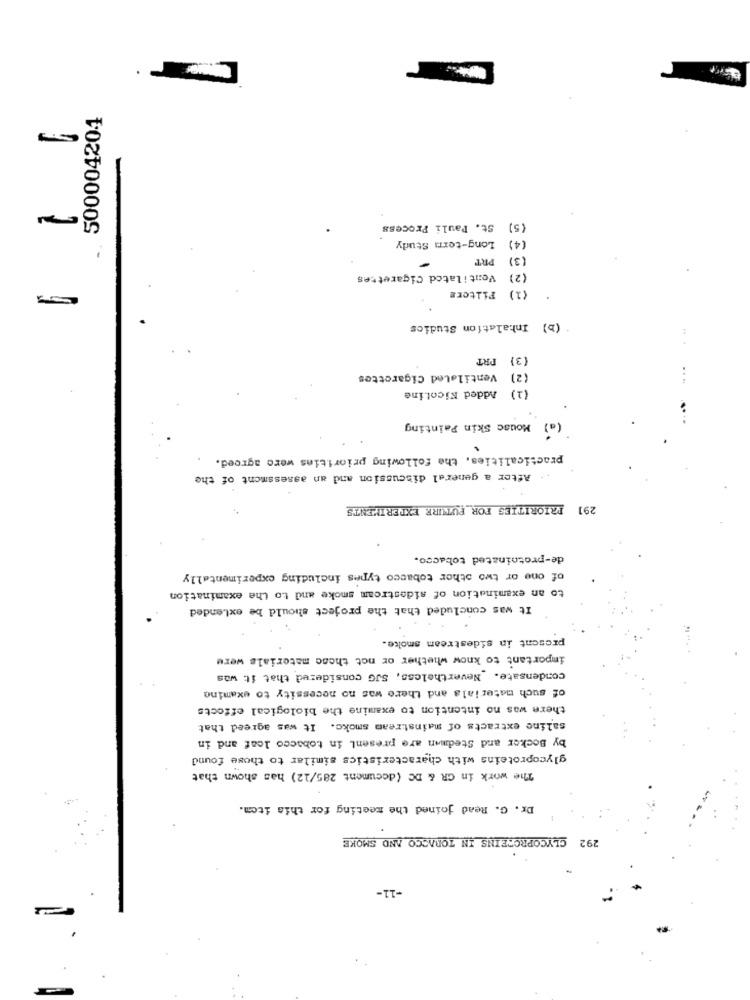
500004201
) St. Pauli Process
(4)
Long-term Study
PRT
(3)
.-
(2) Ventilated Cigarettes
) Filters
(b) Inhalation Studies
(3) PRT
(2) Ventilated Cigarettes
...
(1) Added Kicoline
(a) Mouse Skin Painting
practicalities. the following priorities were agroed.
After a general discussion and an assessment of the
PRIORITIES FOR FUTURE EXPERIMENTS
291
de-protoinated tobacco.
of one or two other tobacco types including experimentally
to an examination of sidestream smoke and to the examination
It was concluded that the project should be extended
prosent in sidestream smoke.
important to know whether or not theac materials were
condensate. Nevertheless, SJG considered that it was
of such materials and there was no necessity to examine
there was no intention to examine the biological effects
saline extracts of mainstream smokc. It was agreed that
by Becker and Stedman are present in tobacco loaf and in
glycoproteins with characteristics similar to those found
The work in GR & DC (document 285/12) has shown that
Dr. G. Read joined the meeting for this item.
292 GLYCOPROTEINS IN TORACCO AND SMOKE
-11-